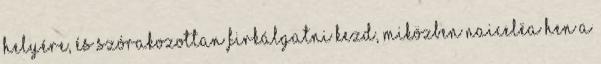
helyére, és szórakozottan firkálgatni kezd, miközben Naicelëa Hen a